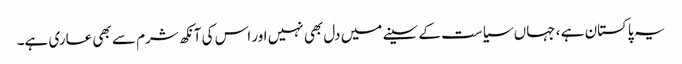
یہ پاکستان ہے ، جہاں سیاست کے سینے میں دل بھی نہیں اور اس کی آنکھ شرم سے بھی عاری ہے۔